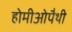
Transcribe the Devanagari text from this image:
होमीओपैथी